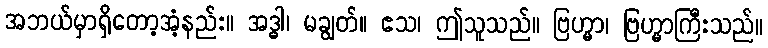
အဘယ်မှာရှိတော့အံ့နည်း။ အဒ္ဓါ၊ မချွတ်။ ဧသ၊ ဤသူသည်။ ဗြဟ္မာ၊ ဗြဟ္မာကြီးသည်။